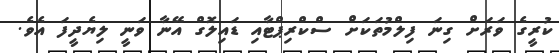
ކުރީގެ ވަރަށް ގިނަ ފިލްމުތަކަށް ސްކްރިޕްޓާއި ޑައިލޮގް އޭނާ ވަނީ ލިޔެދީފަ އެވެ.